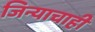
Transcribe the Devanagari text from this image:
जिन्याचाही